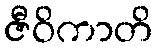
ဇီဝိကာတိ